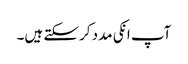
آپ انکی مدد کرسکتے ہیں۔